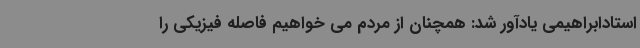
استادابراهیمی یادآور شد: همچنان از مردم می خواهیم فاصله فیزیکی را